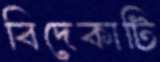
বিদেকাটি